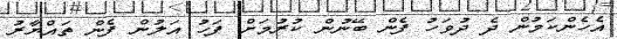
އެހެންކަމުން ދެ ދުވަހު ފެން ބޭނުން ކުރުމަށް ފަހު އަލުން ފެން ތައްޔާރު